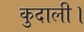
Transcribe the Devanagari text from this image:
कुदाली।